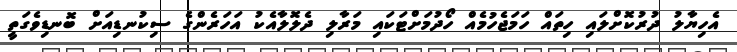
އެހިޔާލު ދުރުކޮށްލައި ހިތައް ހަމަޖެހުމެއް ހޯދުމަށްޓަކައި މަރާލި ދެލޮލާއެކު އަހަރެންގެ ސިކުނޑިއަށް ބޮނޑިވެގަތީ